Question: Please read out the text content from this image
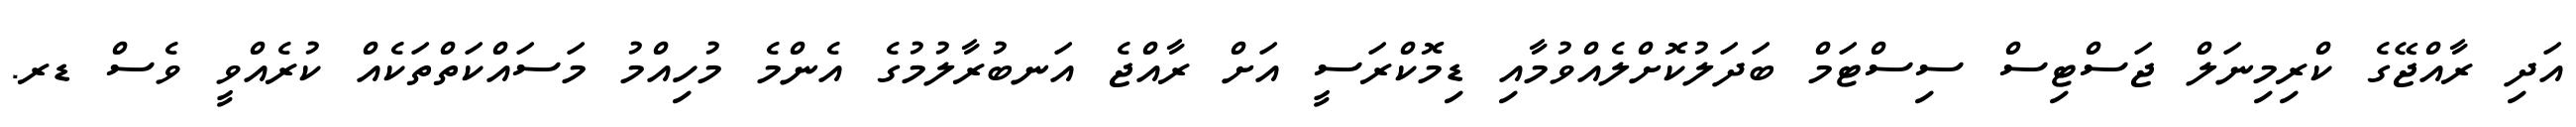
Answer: އަދި ރާއްޖޭގެ ކްރިމިނަލް ޖަސްޓިސް ސިސްޓަމް ބަދަލުކޮށްލެއްވުމާއި ޑިމޮކްރަސީ އަށް ރާއްޖެ އަނބުރާލުމުގެ އެންމެ މުހިއްމު މަސައްކަތްތަކެއް ކުރެއްވީ ވެސް ޑރ.